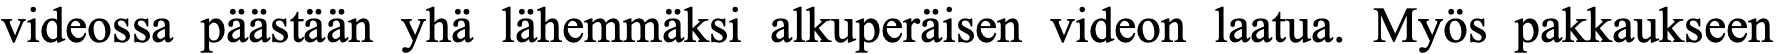
videossa päästään yhä lähemmäksi alkuperäisen videon laatua. Myös pakkaukseen